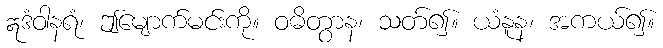
ဣဒံဝါနရံ၊ ဤမျောက်မင်းကို။ ဝဓိတွာန၊ သတ်၍။ ယံနူန၊ အကယ်၍။